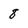
Character: 8